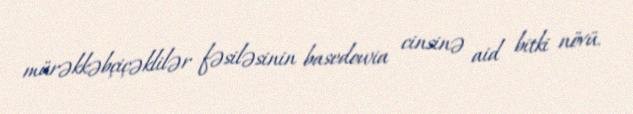
mürəkkəbçiçəklilər fəsiləsinin basedowia cinsinə aid bitki növü.